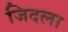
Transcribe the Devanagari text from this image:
जिदला